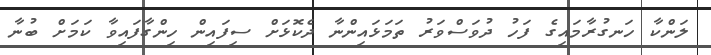
ލަންކާ ހަނގުރާމައިގެ ފަހު ދުވަސްވަރު ތަމަޅައިންނާ ދެކޮޅަށް ސިފައިން ހިންގާފައިވާ ކަމަށް ބުނާ